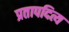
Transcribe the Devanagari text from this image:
प्रतापदित्य